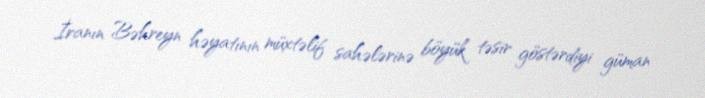
İranın Bəhreyn həyatının müxtəlif sahələrinə böyük təsir göstərdiyi güman